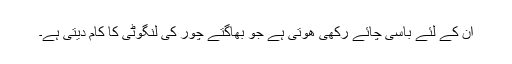
ان کے لئے باسی چائے رکھی ھوتی ہے جو بھاگتے چور کی لنگوٹی کا کام دیتی ہے۔